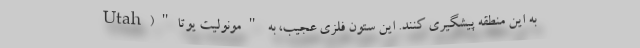
به این منطقه پیشگیری کنند. این ستون فلزی عجیب، به "مونولیت یوتا"(Utah